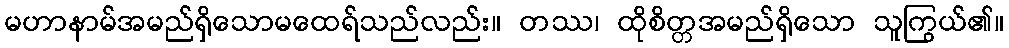
မဟာနာမ်အမည်ရှိသောမထေရ်သည်လည်း။ တဿ၊ ထိုစိတ္တအမည်ရှိသော သူကြွယ်၏။